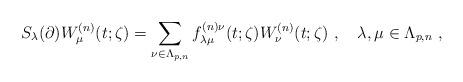
LaTeX: \begin{align*}S_{\lambda}(\partial)W^{(n)}_\mu(t;\zeta)=\sum_{\nu\in\Lambda_{p,n}}f^{(n)\nu}_{\lambda\mu}(t;\zeta)W^{(n)}_\nu(t;\zeta)\ ,\quad\lambda,\mu\in\Lambda_{p,n}\ ,\end{align*}